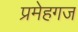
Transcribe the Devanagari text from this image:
प्रमेहगज